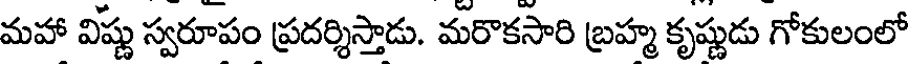
మహా విష్ణు స్వరూపం ప్రదర్శిస్తాడు. మరొకసారి బ్రహ్మ కృష్ణుడు గోకులంలో